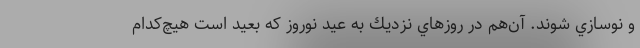
و نوسازي شوند. آن‌هم در روزهاي نزديك به عيد نوروز كه بعيد است هيچ‌كدام